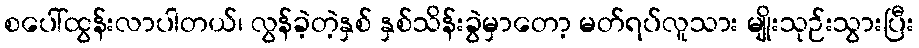
စပေါ်ထွန်းလာပါတယ်၊ လွန်ခဲ့တဲ့နှစ် နှစ်သိန်းခွဲမှာတော့ မတ်ရပ်လူသား မျိုးသုဉ်းသွားပြီး